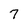
Character: 7